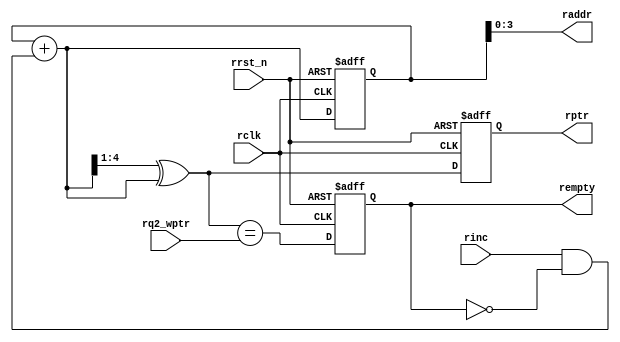
//****************************************************************************//
//# @Author: 
//# @Date:   2019-04-07 03:20:23
//# @Last Modified by:   zlk
//# @WeChat Official Account: OpenFPGA
//# @Last Modified time: 2019-08-25 01:12:58
//# Description: 
//# @Modification History: 2018-05-28 20:26:28
//# Date          By         Version         Change Description: 
//# ========================================================================= #
//# 2018-05-28 20:26:28
//# ========================================================================= #
//# |                                                         | #
//# |                                OpenFPGA                   | #
//****************************************************************************//
`timescale 1ns / 1ps

module rptr_empty
#(
    parameter ADDRSIZE = 4
)
(
    output reg                rempty, 
    output     [ADDRSIZE-1:0] raddr,  //
    output reg [ADDRSIZE  :0] rptr,  //
    input      [ADDRSIZE  :0] rq2_wptr, //
    input                     rinc, rclk, rrst_n
);
  reg  [ADDRSIZE:0] rbin;
  wire [ADDRSIZE:0] rgraynext, rbinnext;
 // GRAYSTYLE2 pointer
 //
  always @(posedge rclk or negedge rrst_n) 
      if (!rrst_n) begin
          rbin <= 0;
          rptr <= 0;
      end  
      else begin        
          rbin<=rbinnext; //
          rptr<=rgraynext;// sync_r2w.v wrclk 
      end
  // Memory read-address pointer (okay to use binary to address memory)
  assign raddr     = rbin[ADDRSIZE-1:0]; //RAM
  assign rbinnext  = rbin + (rinc & ~rempty); //1
  assign rgraynext = (rbinnext>>1) ^ rbinnext; //
  // FIFO empty when the next rptr == synchronized wptr or on reset 
  assign rempty_val = (rgraynext == rq2_wptr); //
  always @(posedge rclk or negedge rrst_n) 
      if (!rrst_n)
          rempty <= 1'b1; 
      else     
          rempty <= rempty_val;
 
endmodule